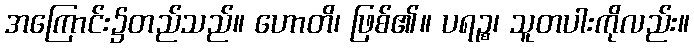
အကြောင်း၌တည်သည်။ ဟောတိ၊ ဖြစ်၏။ ပရဉ္စ၊ သူတပါးကိုလည်း။